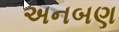
અનબણ